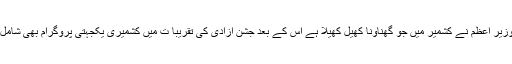
بھارتی وزیر اعظم نے کشمیر میں جو گھناؤنا کھیل کھیلا ہے اس کے بعد جشن آزادی کی تقریبا ت میں کشمیری یکجہتی پروگرام بھی شامل ہوگئے۔